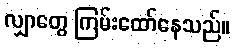
လျှာတွေ ကြမ်းထော်နေသည်။